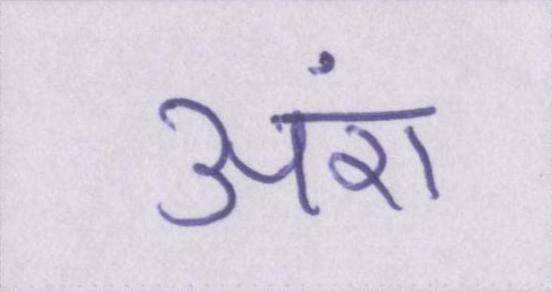
अंश